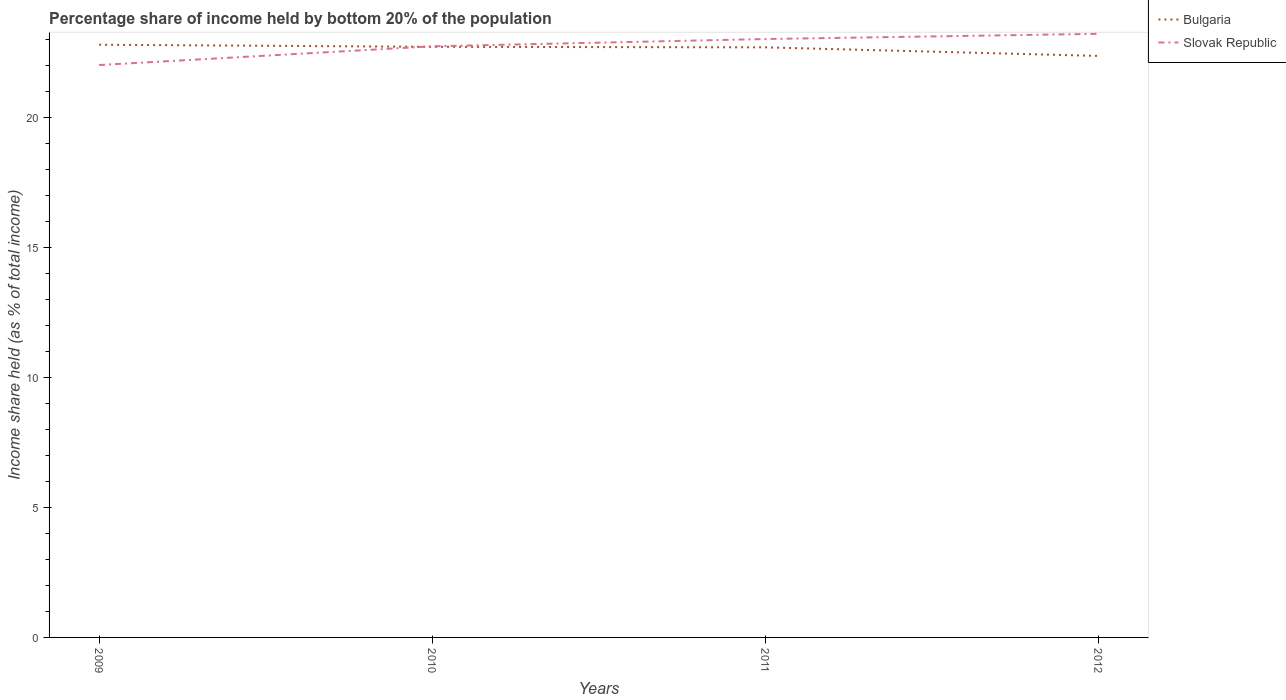
| Years | Bulgaria | Slovak Republic |
 | --- | --- | --- |
 | 2009 | 22.8 | 22 |
 | 2010 | 22.7 | 22.7 |
 | 2011 | 22.7 | 23 |
 | 2012 | 22.4 | 23.2 |